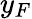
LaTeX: y_{F}